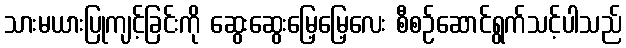
သားမယားပြုကျင့်ခြင်းကို ဆွေးဆွေးမြေ့မြေ့လေး စီစဉ်ဆောင်ရွက်သင့်ပါသည်